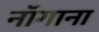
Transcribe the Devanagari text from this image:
नॉगाना